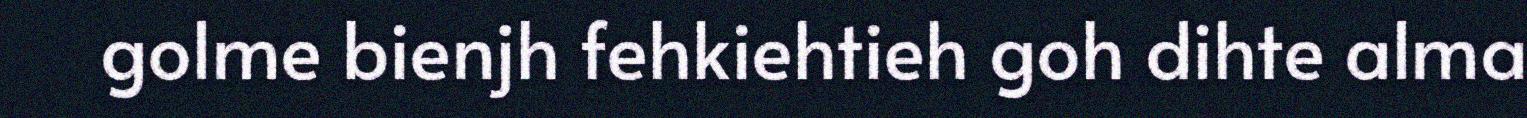
golme bienjh fehkiehtieh goh dihte alma